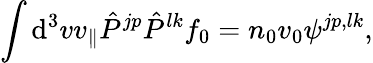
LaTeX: \int\mathrm{d}^{3}vv_{\| }\hat{P}^{jp}\hat{P}^{lk}f_{0}=n_{0}v_{0}\psi^{jp,lk},